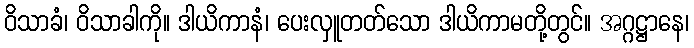
ဝိသာခံ၊ ဝိသာခါကို။ ဒါယိကာနံ၊ ပေးလှူတတ်သော ဒါယိကာမတို့တွင်။ အဂ္ဂဋ္ဌာနေ၊